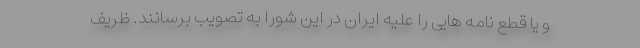
و یا قطع نامه هایی را علیه ایران در این شورا به تصویب برسانند. ظریف